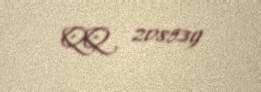
QQ 208539